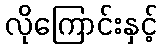
လိုကြောင်းနှင့်